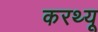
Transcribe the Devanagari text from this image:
करथ्यू